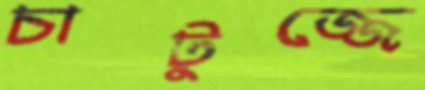
চাটুজ্জে